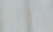
نطقت